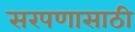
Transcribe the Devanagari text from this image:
सरपणासाठी